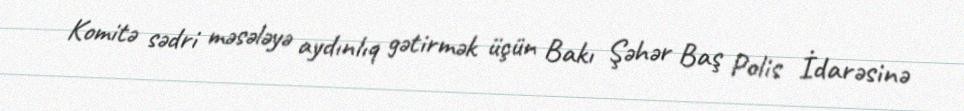
Komitə sədri məsələyə aydınlıq gətirmək üçün Bakı Şəhər Baş Polis İdarəsinə